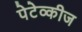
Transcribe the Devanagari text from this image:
पेटेव्कीज